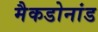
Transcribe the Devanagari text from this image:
मैकडोनांड